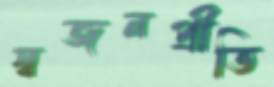
স্বজনপ্রীতি